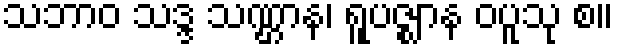
သဘာဝ သဒ္ဒ သဏ္ဌာန၊ ရူပဇ္ဈာန ဝပူသု စ။